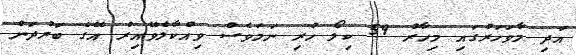
އަދި މާވަހަރުގައި މިހާރު 59 ކިލޯ ހުރި ނަމަވެސް ވިއްކާލެވޭއިރު އޭގެ ބަރުދަން